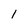
Character: 1